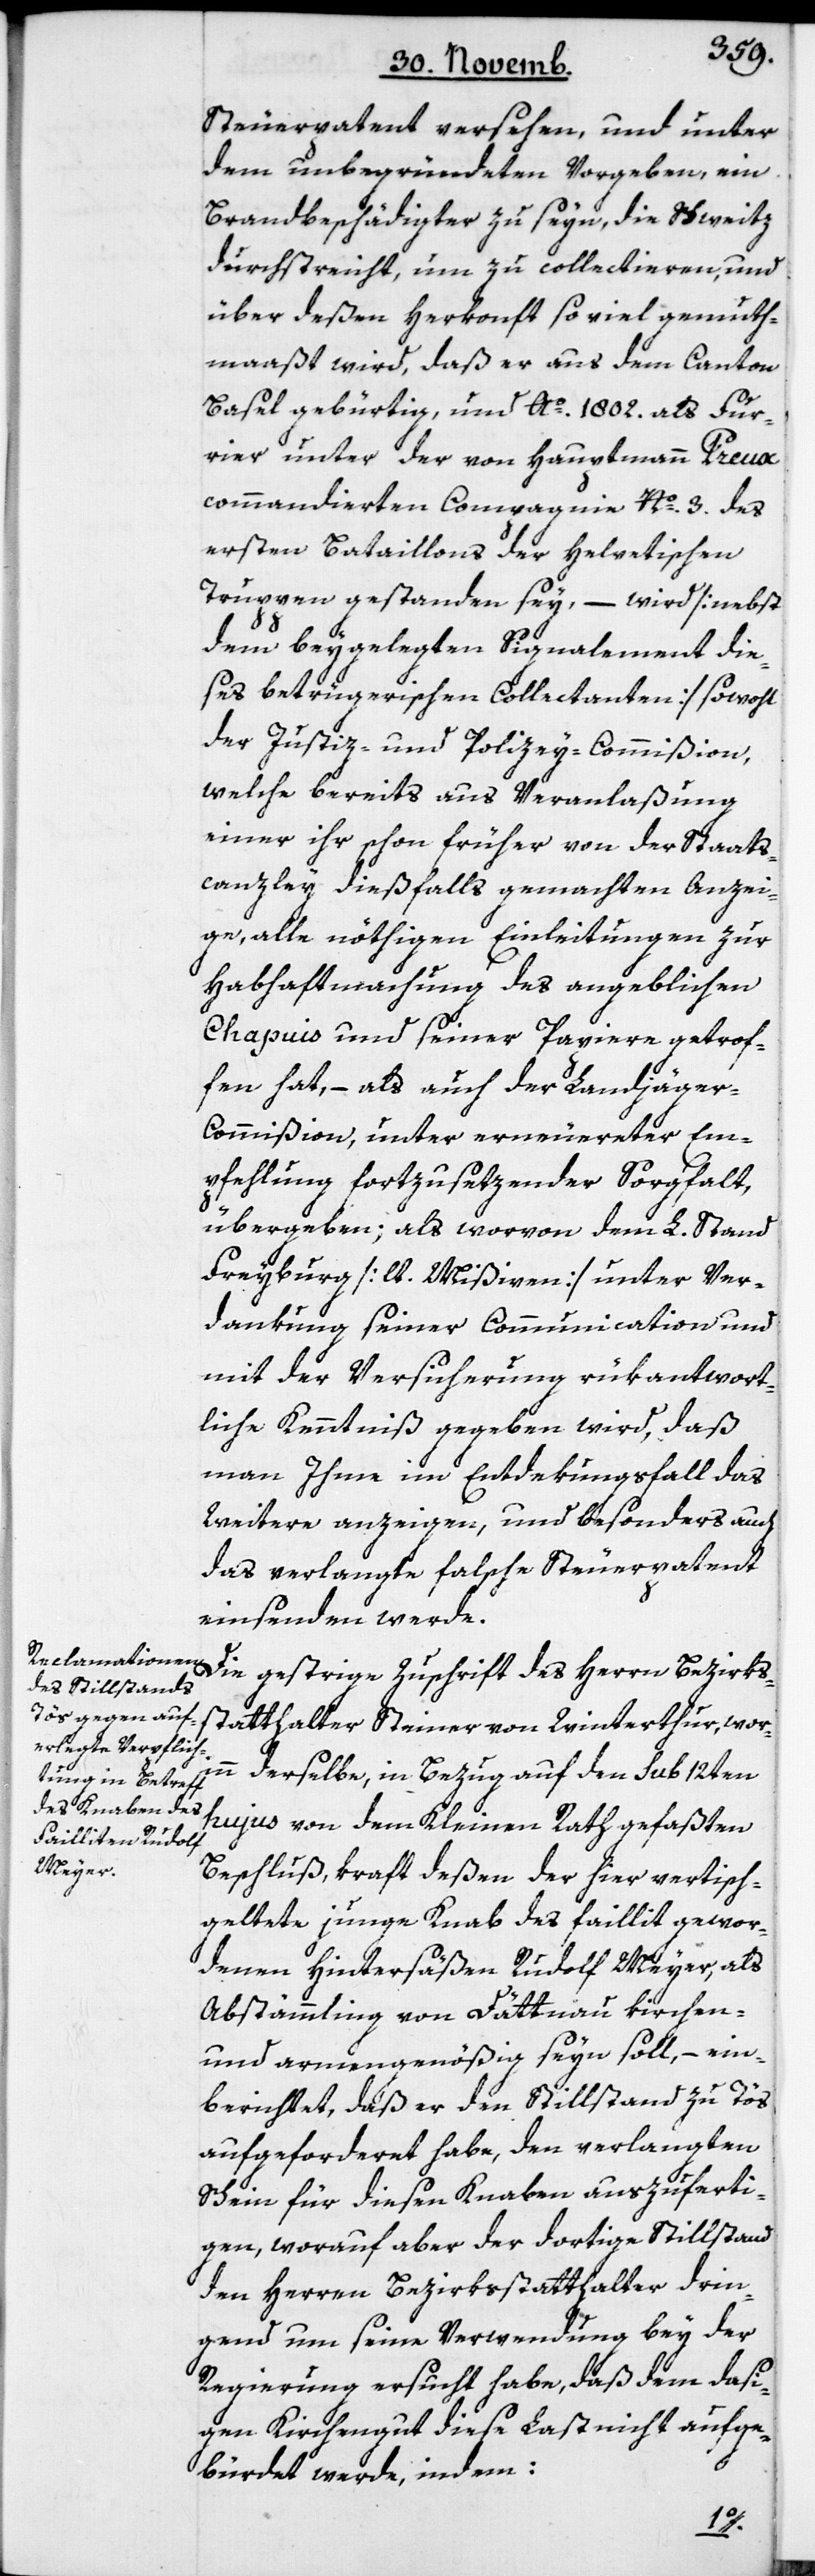
Steuerpatent versehen, und unter
dem unbegründeten Vorgeben, ein
Brandbeschädigter zu seyn, die Schweitz
durchstrecht, um zu collectieren, und
über deßen Herkonft so viel gemuth¬
maaßt wird, daß er aus dem Canton
Basel gebürtig, und Ao. 1802. als Four¬
rier unter der von Hauptmann Preux
commandierten Compagnie No. 3. des
ersten Bataillons der Helvetischen
Truppen gestanden sey, – wird [nebst
dem beygelegten Signalement die¬
ses betrügerischen Collectanten] sowohl
der Justiz- und Polizey-Commißion,
welche bereits aus Veranlaßung
einer ihr schon früher von der Staats¬
canzley dießfalls gemachten Anzei¬
ge, alle nöthigen Einleitungen zur
Habhaftmachung des angeblichen
Chapuis und seiner Papiere getrof¬
fen hat, – als auch der Landjäge¬
r-Commißion, unter erneuerter Em¬
pfehlung fortzusetzender Sorgfalt,
übergeben; als worvon dem L. Stand
Freyburg [lt. Mißiven] unter Ver¬
dankung seiner Communication und
mit der Versicherung rükantwort¬
liche Kenntniß gegeben wird, daß
man Ihme im Entdekungsfall das
Weitere anzeigen, und besonders auch
das verlangte falsche Steuerpatent
einsenden werde.
Die gestrige Zuschrift des Herrn Bezirks¬
statthalter Steiner von Winterthur, wor¬
inn derselbe, in Bezug auf den sub 12ten
hujus von dem Kleinen Rath gefaßten
Beschluß, kraft deßen der hier vertisch¬
geltete junge Knab des faillit gewor¬
denen Hintersäßen Rudolf Meyer, als
Abstämmling von Dättnau kirchen-
und armengenößig seyn soll, – ein¬
berichtet, daß er den Stillstand zu Töy
aufgeforderet habe, den verlangten
Schein für diesen Knaben auszuferti¬
gen, worauf aber der dortige Stillstand
den Herren Bezirksstatthalter drin¬
gend um seine Verwendung bey der
Regierung ersucht habe, daß dem dasi¬
gen Kirchengut diese Last nicht aufge¬
bürdet werde, indem: